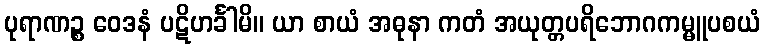
ပုရာဏဉ္စ ဝေဒနံ ပဋိဟင်္ခါမိ။ ယာ စာယံ အဓုနာ ကတံ အယုတ္တပရိဘောဂကမ္မူပစယံ